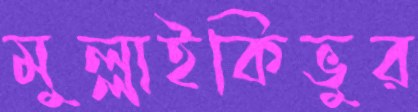
মুল্লাইকিভুর